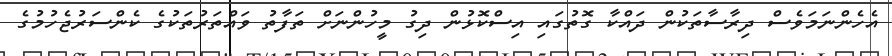
އެހެންނަމަވެސް ދިރާސާތަކުން ދައްކާ ގޮތުގައި އިސްކޮޅުން ދިގު މީހުންނަށް ތަފާތު ވައްތަރުތަކުގެ ކެންސަރުޖެހުމުގެ